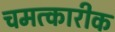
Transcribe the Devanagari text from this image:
चमत्कारीक